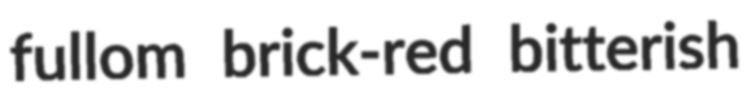
fullom brick-red bitterish